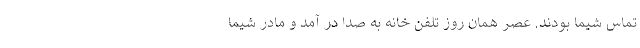
تماس شیما بودند. عصر همان روز تلفن خانه به صدا در آمد و مادر شیما